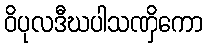
ဝိပုလဒီဃပါသဏှိကော